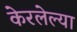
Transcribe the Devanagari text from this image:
केरलेल्या